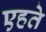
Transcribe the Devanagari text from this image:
एहते